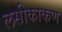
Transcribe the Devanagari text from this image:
लसीकाकण